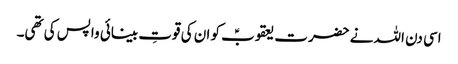
اسی دن اللہ نے حضرت یعقوبؑ کو ان کی قوتِ بینائی واپس کی تھی۔